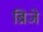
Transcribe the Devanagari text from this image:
ब्रिजे